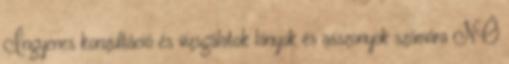
Ingyenes konzultáció és vizsgálatok lányok és asszonyok számára NŐ